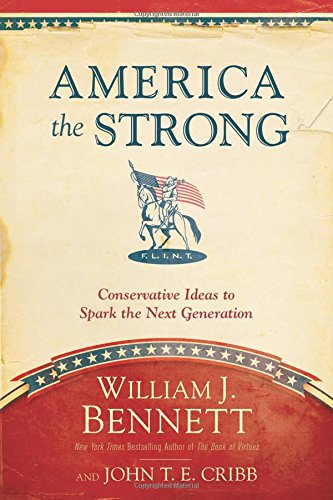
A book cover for America the Strong: Conservative Ideas to Spark the Next Generation; William J. Bennett; Politics & Social Sciences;